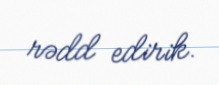
rədd edirik.